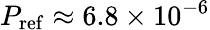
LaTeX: P_{\mathrm{ref}}\approx 6.8\times 10^{-6}